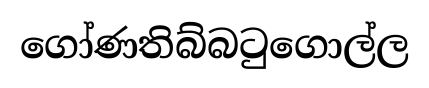
ගෝණතිබ්බටුගොල්ල